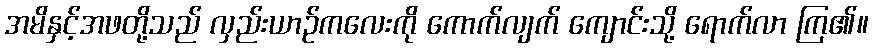
အမိနှင့်အဖတို့သည် လှည်းယာဉ်ကလေးကို ကောက်လျက် ကျောင်းသို့ ရောက်လာ ကြ၏။